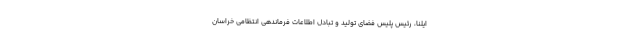
ایلنا، رئیس پلیس فضای تولید و تبادل اطلاعات فرماندهی انتظامی خراسان